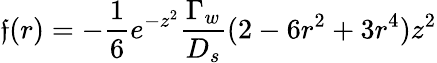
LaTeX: \mathfrak{f}(r)=-\frac{{1}}{{6}}e^{-z^{2}}\frac{{\Gamma_{w}}}{{D_{s}}}(2-6r^{2}+3r^{4})z^{2}